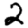
Digit: 2